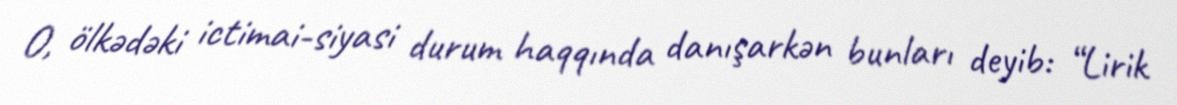
O, ölkədəki ictimai-siyasi durum haqqında danışarkən bunları deyib: “Lirik